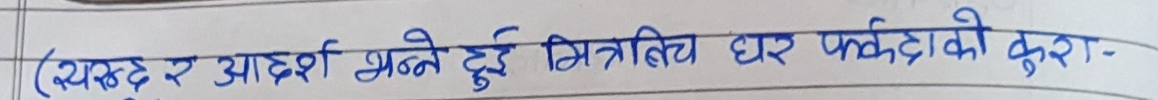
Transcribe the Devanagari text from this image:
( स्वच्छंद र आदर्श भन्ने दुई मित्रबिच घर फर्केको कुरा -